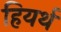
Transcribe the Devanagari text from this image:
हियर्थ